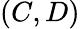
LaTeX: (C,D)